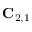
{ \bf C } _ { 2 , 1 }